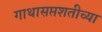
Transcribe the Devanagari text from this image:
गाथासप्तशतीच्या